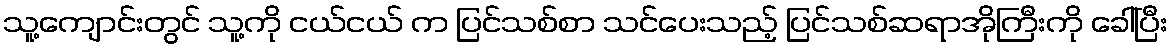
သူ့ကျောင်းတွင် သူ့ကို ငယ်ငယ် က ပြင်သစ်စာ သင်ပေးသည့် ပြင်သစ်ဆရာအိုကြီးကို ခေါ်ပြီး